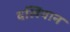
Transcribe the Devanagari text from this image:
दलियान